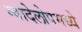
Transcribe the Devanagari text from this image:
ग्वादेलोपमध्ये